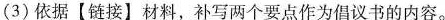
①博物馆免费开放，为人们走进博物馆创造了更好的条件。